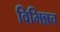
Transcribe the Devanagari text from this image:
विभिन्नच